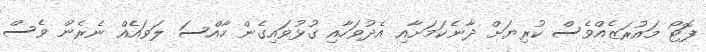
ފޮޓޯ މައުރަޒެއްވެސް ކުރިޔަށް ދާނެކަމަށާއި އެދުވަހާއި ގުޅުވައިގެން ހާއްސަ ލަވައެއް ނެރެން ވެސް